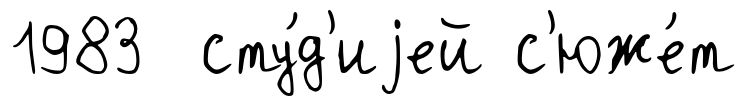
1983 сту́д'иjей с'юже́т